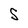
Character: S